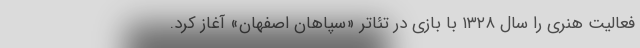
فعالیت هنری را سال ۱۳۲۸ با بازی در تئاتر «سپاهان اصفهان» آغاز کرد.